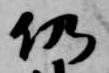
仍